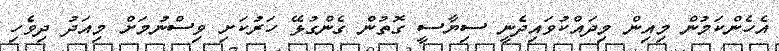
އެހެންކަމުން މިއިން މިދައްކުވައިދެނީ ސިޔާސީ ގޮތުން ގެންގުޅޭ ހަރުކަށި ވިސްނުމަށް މިއަދު ދިވެހި